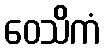
ဝေသိကံ